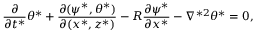
\frac { \partial } { \partial t ^ { * } } \theta ^ { * } + \frac { \partial ( \psi ^ { * } , \theta ^ { * } ) } { \partial ( x ^ { * } , z ^ { * } ) } - R \frac { \partial \psi ^ { * } } { \partial x ^ { * } } - \nabla ^ { * 2 } \theta ^ { * } = 0 ,